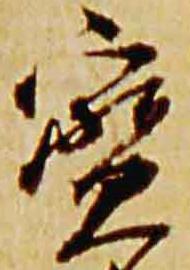
宝